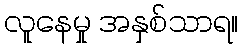
လူနေမှု အနှစ်သာရ။